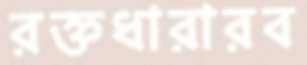
রক্তধারারব